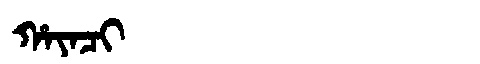
Manchu: ᡥᠠᠶᠠᠴᡳ
Romanization: HAYACI